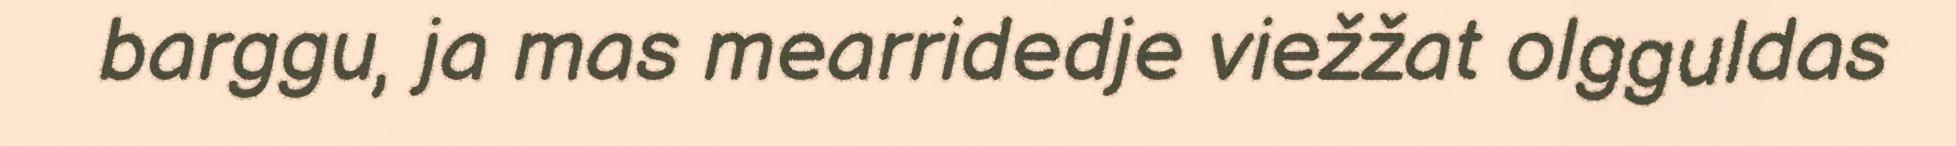
barggu, ja mas mearridedje viežžat olgguldas